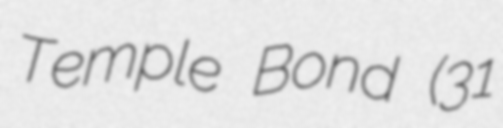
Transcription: Temple Bond (31